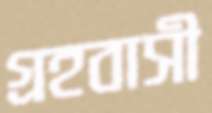
গ্রহবাসী